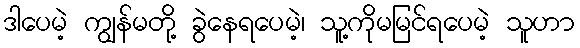
ဒါပေမဲ့ ကျွန်မတို့ ခွဲနေရပေမဲ့၊ သူ့ကိုမမြင်ရပေမဲ့ သူဟာ